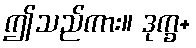
ဤသည်ကား။ ဒုက္ခ+